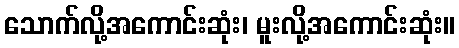
သောက်လို့အကောင်းဆုံး၊ မူးလို့အကောင်းဆုံး။